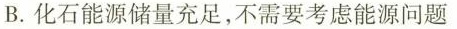
B.化石能源储量充足，不需要考虑能源问题